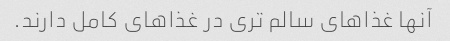
آنها غذاهای سالم تری در غذاهای کامل دارند.